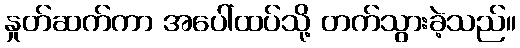
နှုတ်ဆက်ကာ အပေါ်ထပ်သို့ တက်သွားခဲ့သည်။